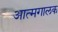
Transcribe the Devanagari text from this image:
आत्मगालक